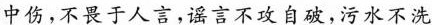
中伤，不畏于人言，谣言不攻自破，污水不洗